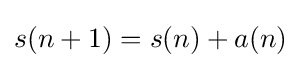
s(n+1)=s(n)+a(n)